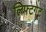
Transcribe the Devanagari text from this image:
लिफ्टगेट